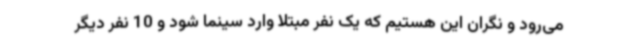
می‌رود و نگران این هستیم که یک نفر مبتلا وارد سینما شود و 10 نفر دیگر